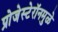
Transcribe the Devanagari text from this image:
प्रोजेस्टेरॉनमुळे